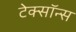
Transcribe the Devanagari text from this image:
टेक्सॉन्स